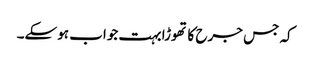
کہ جس جرح کا تھوڑا بہت جواب ہوسکے۔